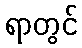
ရာတွင်